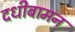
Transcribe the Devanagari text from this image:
दधीबामन